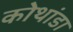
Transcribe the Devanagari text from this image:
कोथांडा